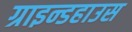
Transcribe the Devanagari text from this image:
ग्राइन्डहाउस